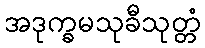
အဒုက္ခမသုခီသုတ္တံ